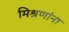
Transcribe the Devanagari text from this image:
मिश्रणांना